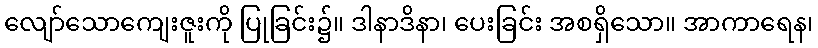
လျော်သောကျေးဇူးကို ပြုခြင်း၌။ ဒါနာဒိနာ၊ ပေးခြင်း အစရှိသော။ အာကာရေန၊